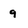
Character: 9